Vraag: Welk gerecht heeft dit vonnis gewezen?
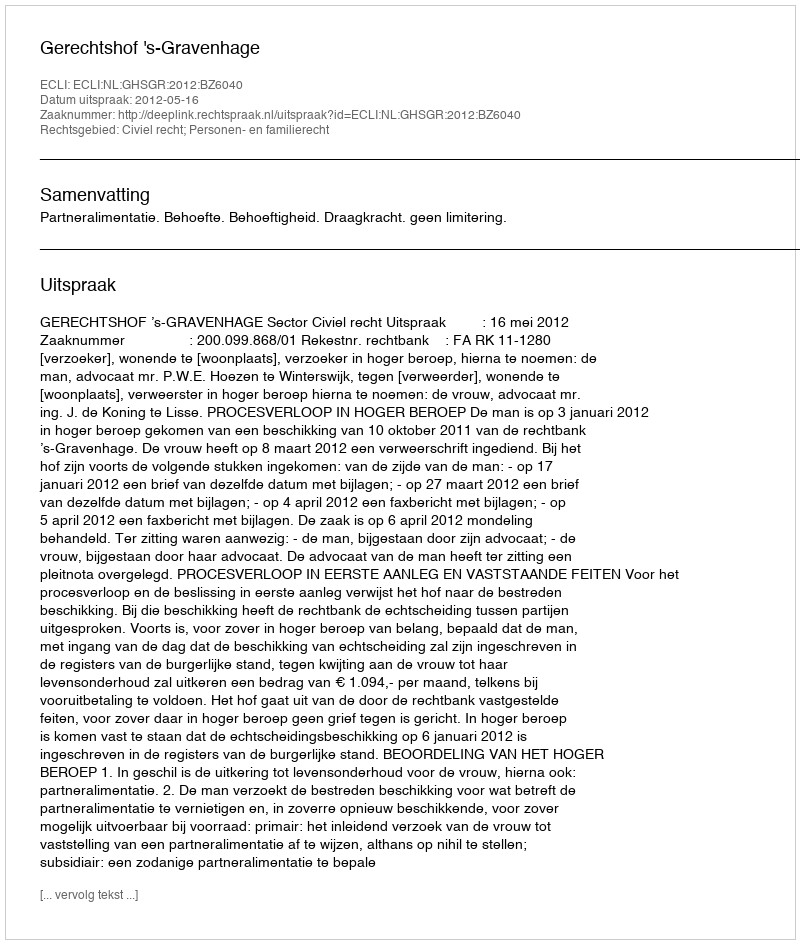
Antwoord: Gerechtshof 's-Gravenhage